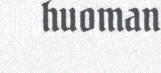
huoman